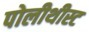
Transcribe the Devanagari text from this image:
पोलीथीस्ट